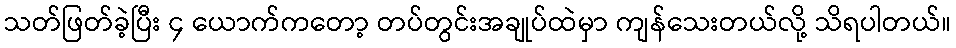
သတ်ဖြတ်ခဲ့ပြီး ၄ ယောက်ကတော့ တပ်တွင်းအချုပ်ထဲမှာ ကျန်သေးတယ်လို့ သိရပါတယ်။